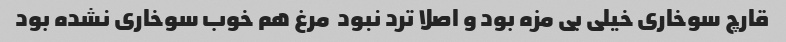
قارچ سوخاری خیلی بی مزه بود و اصلا ترد نبود ‌ مرغ هم خوب سوخاری نشده بود